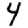
Digit: 4